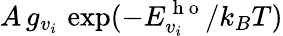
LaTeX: A\, g_{v_{i}}\, \exp(-E_{v_{i}}^{\mathrm{~h~o~}}/k_{B}T)